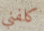
كلفني